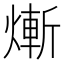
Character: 𤍖